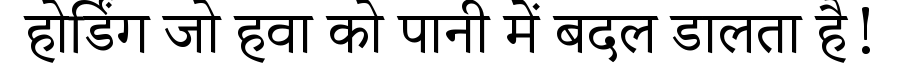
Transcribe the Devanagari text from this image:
होर्डिंग जो हवा को पानी में बदल डालता है!